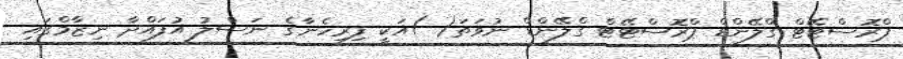
ޕްރޮސްޓޭޓް ގްލޭންޑް ޕްރޮސްޓޭޓް ގްލޭންޑް ނުވަތަ( )އަކީ ފިރިހެނާގެ ނަސްލު އުފައްދާ ނިޒާމްގައި